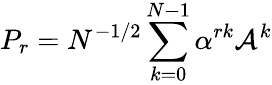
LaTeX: P_{r}=N^{-1/2}\sum_{k=0}^{N-1}\alpha^{rk}\mathcal{A}^{k}